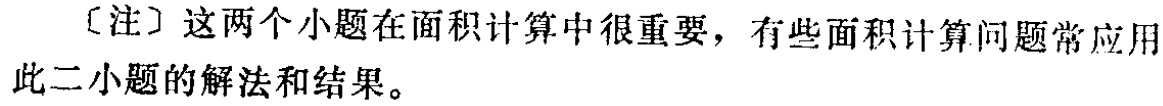
[注] 这两个小题在面积计算中很重要，有些面积计算问题常应用此二小题的解法和结果。